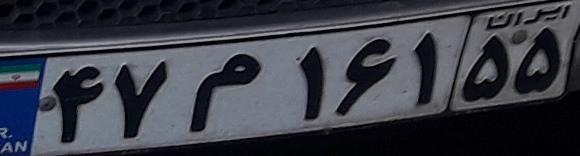
۴۷م۱۶۱۵۵